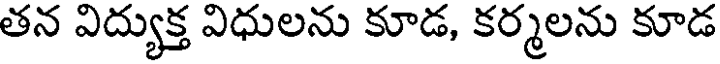
తన విద్యుక్త విధులను కూడ, కర్మలను కూడ